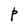
Character: P